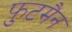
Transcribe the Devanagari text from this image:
फुटमैन